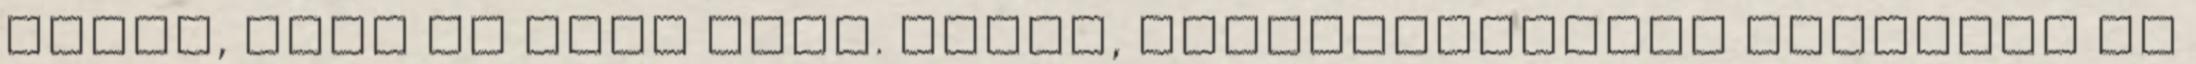
írtál, hogy az eget veri. Tudom, mesterdiplomás etologus is